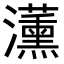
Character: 𭳵